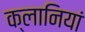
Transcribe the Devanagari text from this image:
क्लानियां